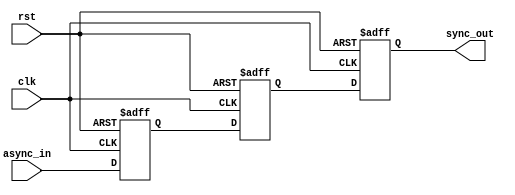
module triple_ff_synchronizer (
    input wire async_in,  // Asynchronous input signal
    input wire clk,       // Clock signal of the target domain
    input wire rst,       // Asynchronous reset signal
    output reg sync_out   // Synchronized output signal
);

    // Internal wire to connect the flip-flops
    wire ff1_out, ff2_out;

    // First flip-flop (FF1)
    always @(posedge clk or posedge rst) begin
        if (rst) 
            ff1_out <= 1'b0; // Reset to known state (0)
        else 
            ff1_out <= async_in; // Sample asynchronous input
    end

    // Second flip-flop (FF2)
    always @(posedge clk or posedge rst) begin
        if (rst) 
            ff2_out <= 1'b0; // Reset to known state (0)
        else 
            ff2_out <= ff1_out; // Sample output of FF1
    end

    // Third flip-flop (FF3)
    always @(posedge clk or posedge rst) begin
        if (rst) 
            sync_out <= 1'b0; // Reset to known state (0)
        else 
            sync_out <= ff2_out; // Sample output of FF2
    end

endmodule